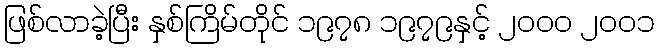
ဖြစ်လာခဲ့ပြီး နှစ်ကြိမ်တိုင် ၁၉၇၈ ၁၉၇၉နှင့် ၂၀၀၀ ၂၀၀၁